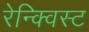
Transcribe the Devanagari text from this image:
रेन्क्विस्ट